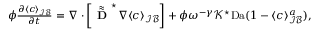
\begin{array} { r } { \phi \frac { \partial \langle c \rangle _ { \mathcal { I B } } } { \partial t } = \nabla \cdot \left[ \tilde { \tilde { \textbf { D } } } ^ { \star } \nabla \langle c \rangle _ { \mathcal { I B } } \right] + \phi \omega ^ { - \gamma } \mathcal { K } ^ { \star } \mathrm { D a } ( 1 - \langle c \rangle _ { \mathcal { I B } } ^ { a } ) , } \end{array}